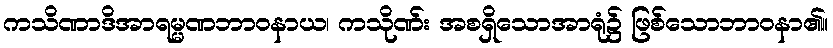
ကသိဏာဒိအာရမ္မဏဘာဝနာယ၊ ကသိုဏ်း အစရှိသောအာရုံ၌ ဖြစ်သောဘာဝနာ၏။